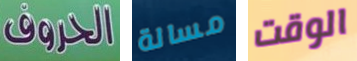
الحروف مسالة الوقت